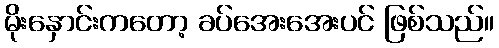
မိုးနှောင်းကတော့ ခပ်အေးအေးပင် ဖြစ်သည်။